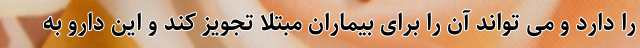
را دارد و می تواند آن را برای بیماران مبتلا تجویز کند و این دارو به